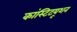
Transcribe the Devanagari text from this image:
कांस्टिटयूशन